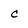
Character: c